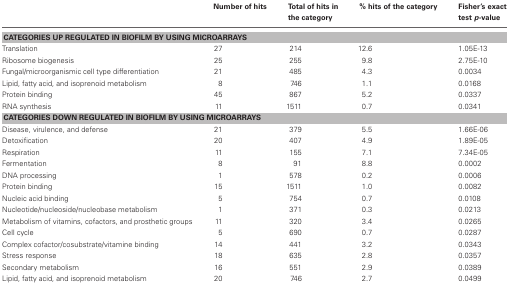
|  | Number of hits | Total of hits in the category | % hits of the category | Fisher's exact test p-value |
 | --- | --- | --- | --- | --- |
 | <COLSPAN=5> CATEGORIES UP REGULATED IN BIOFILM BY USING MICROARRAYS |
 | Translation | 27 | 214 | 12.6 | 1.05E-13 |
 | Ribosome biogenesis | 25 | 255 | 9.8 | 2.75E-10 |
 | Fungal/microorganismic cell type differentiation | 21 | 485 | 4.3 | 0.0034 |
 | Lipid, fatty acid, and isoprenoid metabolism | 8 | 746 | 1.1 | 0.0168 |
 | Protein binding | 45 | 867 | 5.2 | 0.0337 |
 | RNA synthesis | 11 | 1511 | 0.7 | 0.0341 |
 | <COLSPAN=5> CATEGORIES DOWN REGULATED IN BIOFILM BY USING MICROARRAYS |
 | Disease, virulence, and defense | 21 | 379 | 5.5 | 1.66E-06 |
 | Detoxification | 20 | 407 | 4.9 | 1.89E-05 |
 | Respiration | 11 | 155 | 7.1 | 7.34E-05 |
 | Fermentation | 8 | 91 | 8.8 | 0.0002 |
 | DNA processing | 1 | 578 | 0.2 | 0.0006 |
 | Protein binding | 15 | 1511 | 1.0 | 0.0082 |
 | Nucleic acid binding | 5 | 754 | 0.7 | 0.0108 |
 | Nucleotide/nucleoside/nucleobase metabolism | 1 | 371 | 0.3 | 0.0213 |
 | Metabolism of vitamins, cofactors, and prosthetic groups | 11 | 320 | 3.4 | 0.0265 |
 | Cell cycle | 5 | 690 | 0.7 | 0.0287 |
 | Complex cofactor/cosubstrate/vitamine binding | 14 | 441 | 3.2 | 0.0343 |
 | Stress response | 18 | 635 | 2.8 | 0.0357 |
 | Secondary metabolism | 16 | 551 | 2.9 | 0.0389 |
 | Lipid, fatty acid, and isoprenoid metabolism | 20 | 746 | 2.7 | 0.0499 |